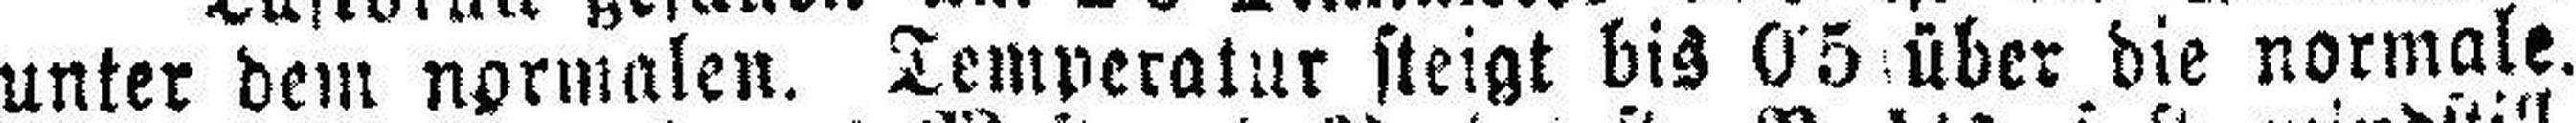
unter dem normalen. Temperatur steigt bis 0•5 über die normale.